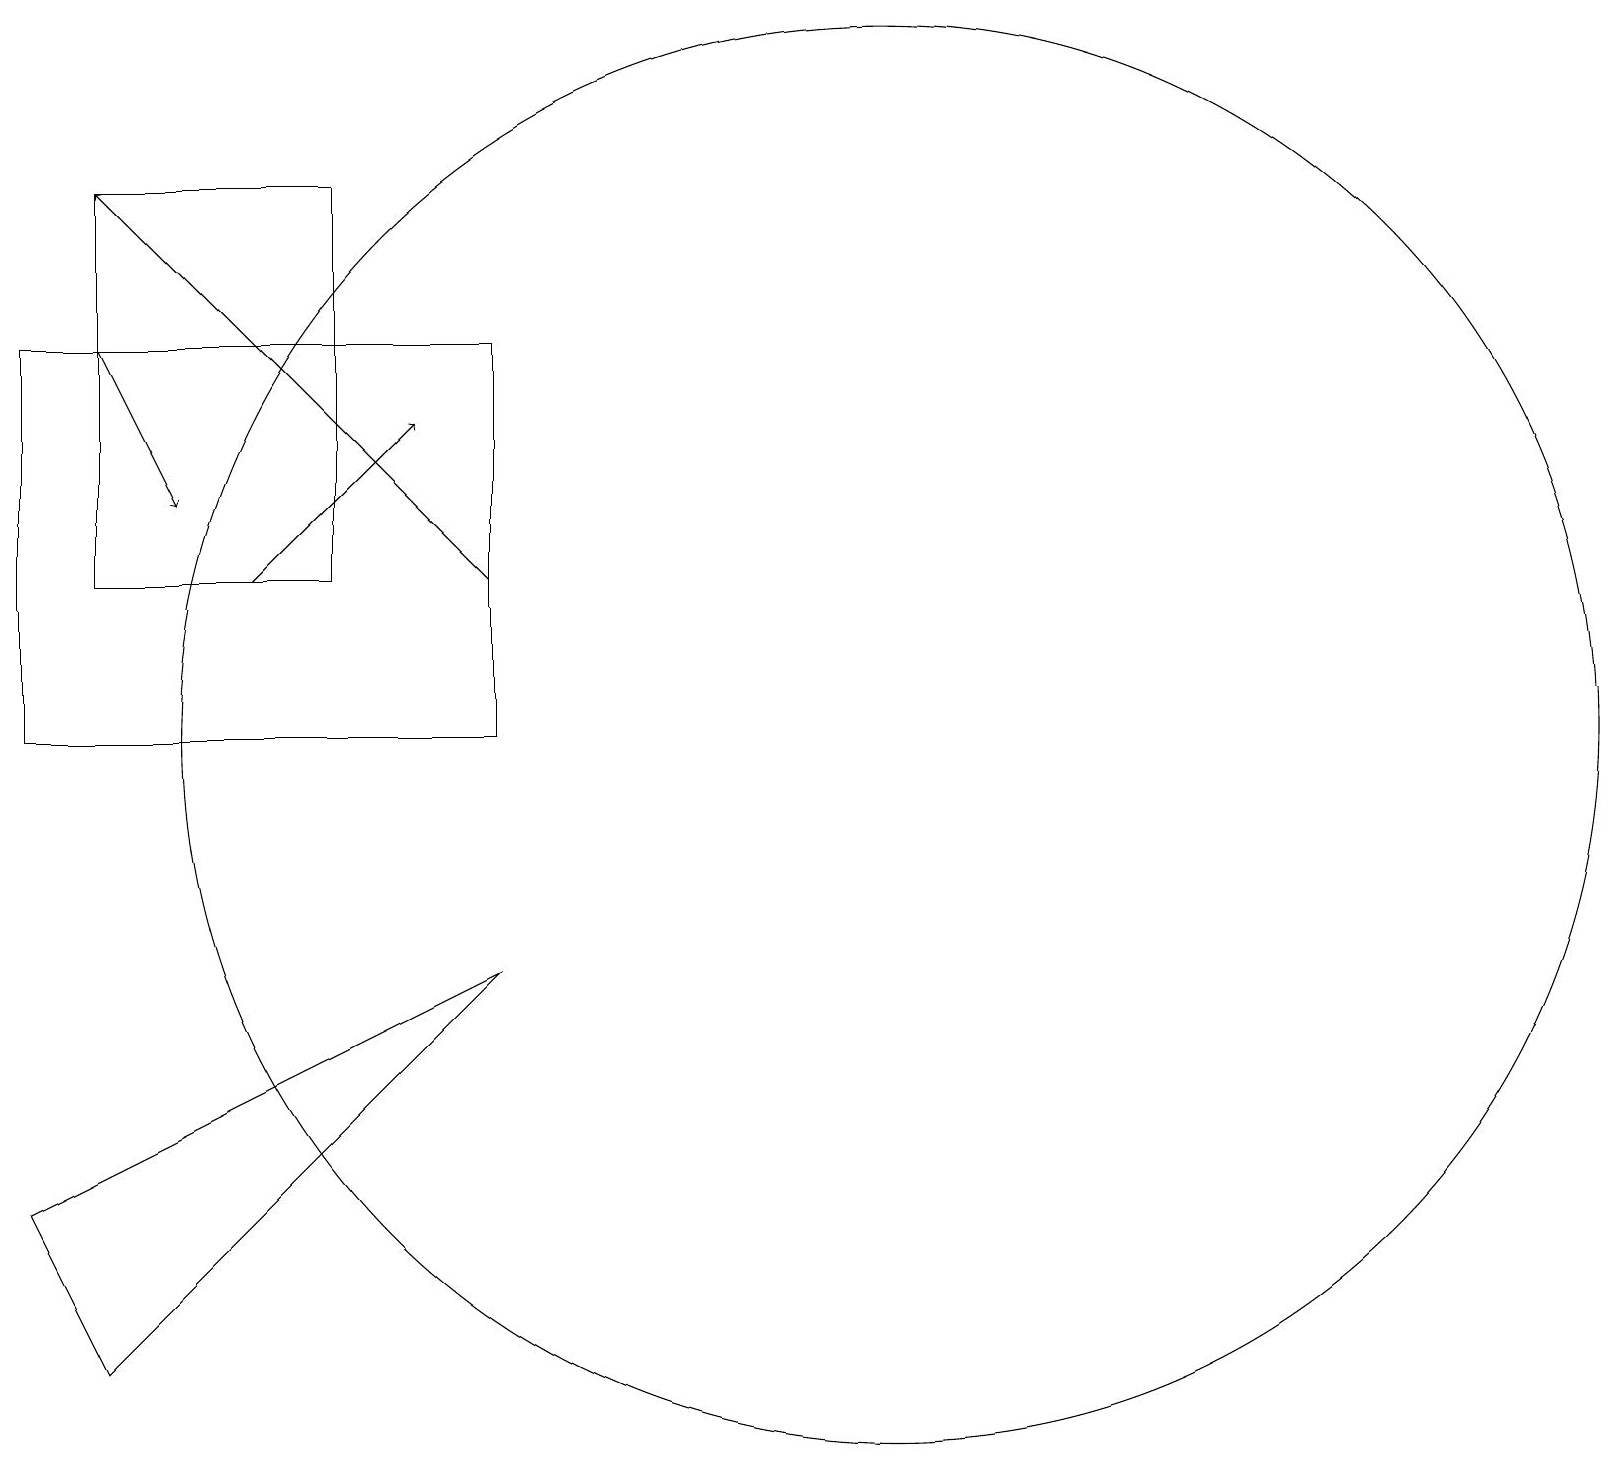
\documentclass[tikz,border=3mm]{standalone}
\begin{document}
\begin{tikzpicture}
\draw (12,10) circle (9);
\draw[->] (2,15) -- (3,13);
\draw[->] (4,12) -- (6,14);
\draw[->] (7,12) -- (2,17);
\draw (1,4) -- (2,2) -- (7,7) -- cycle;
\draw (2,12) rectangle (5,17);
\draw (7,15) rectangle (1,10);
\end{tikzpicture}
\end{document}